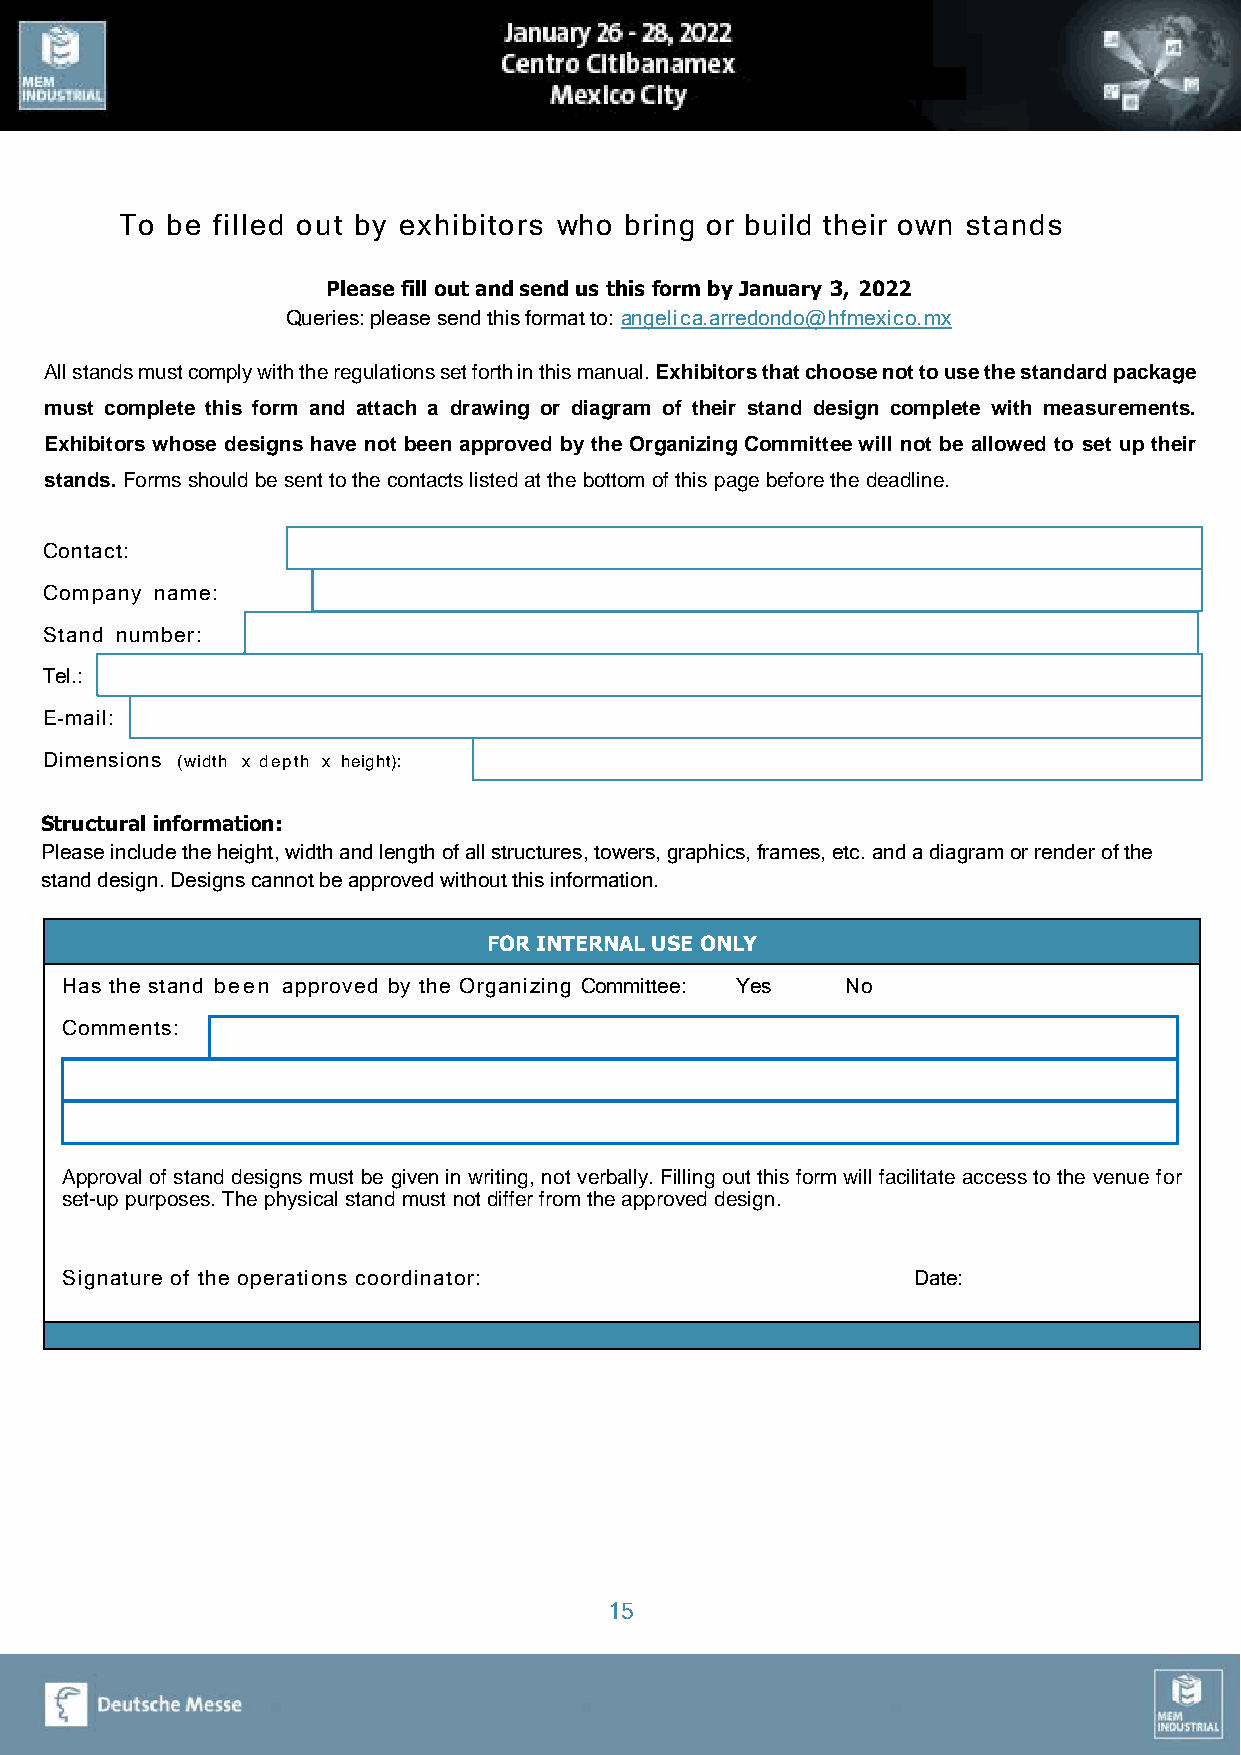
To be filled out by exhibitors who bring or build their own stands
 Please fill out and send us this form by January 3, 2022
 Queries: please send this format to: angelica.arredondo@hfmexico.mx
 All stands must comply with the regulations set forth in this manual. Exhibitors that choose not to use the standard package
 must complete this form and attach a drawing or diagram of their stand design complete with measurements.
 Exhibitors whose designs have not been approved by the Organizing Committee will not be allowed to set up their
 stands. Forms should be sent to the contacts listed at the bottom of this page before the deadline.
 Contact:
 Company name:
 Stand number:
 Tel.:
 E-mail:
 Dimensions (width x depth x h e i g h t ):
 Structural information:
 Please include the height, width and length of all structures, towers, graphics, frames, etc. and a diagram or render of the
 stand design. Designs cannot be approved without this information.
 FOR INTERNAL USE ONLY
 Has the stand been approved by the Organizing Committee: Yes No
 Comments:
 Approval of stand designs must be given in writing, not verbally. Filling out this form will facilitate access to the venue for
 set-up purposes. The physical stand must not differ from the approved design.
 Signature of the operations coordinator:                Date:
 15